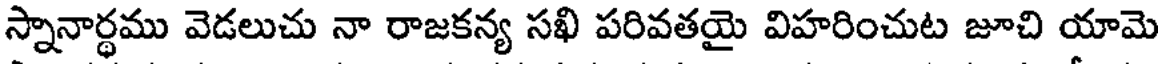
స్నానార్థము వెడలుచు నా రాజకన్య సఖి పరివతయై విహరించుట జూచి యామె